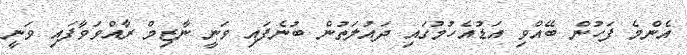
އެންމެ ފަހުން ބޭއްވި އަޑުއެހުމުގައި ދައުލަތުން ބުނެފައި ވަނީ ނާޒިމް ރާއްވަވާފައި ވަނީ